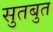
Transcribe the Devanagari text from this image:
सुतबुत